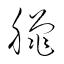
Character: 臘